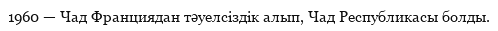
1960 — Чад Франциядан тәуелсіздік алып, Чад Республикасы болды.